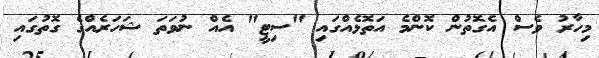
މިހާރު ވެސް އެގޮތުން ކޮންމެ އަތޮޅެއްގައި "ސިޓީ" އެއް ނުވަތަ ޝަހަރެއްގެ ގޮތުގައި